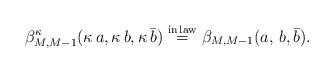
LaTeX: \begin{align*}\beta^{\kappa}_{M, M-1}(\kappa\,a, \kappa\,b, \kappa\,\bar{b}) \overset{{\rm in \,law}}{=}\beta_{M, M-1}(a,\,b, \bar{b}).\end{align*}